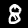
Label: 8